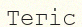
Тегіс